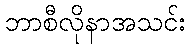
ဘာစီလိုနာအသင်း